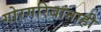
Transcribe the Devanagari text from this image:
गोरगरिबांनाही